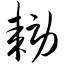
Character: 耢